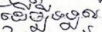
ដើម្បីទទួល